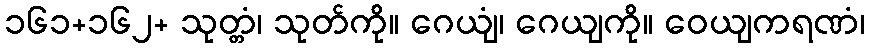
၁၆၁+၁၆၂+ သုတ္တံ၊ သုတ်ကို။ ဂေယျံ၊ ဂေယျကို။ ဝေယျကရဏံ၊